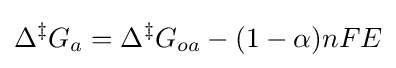
\Delta ^{\ddagger }G_{a}=\Delta ^{\ddagger }G_{oa}-(1-\alpha )nFE